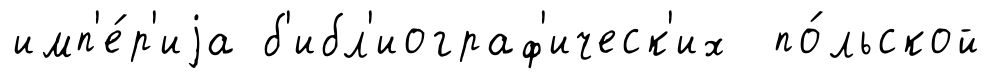
имп'е́р'иjа б'ибл'иограф'ическ'их по́льской